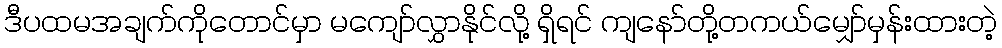
ဒီပထမအချက်ကိုတောင်မှာ မကျော်လွှာနိုင်လို့ ရှိရင် ကျနော်တို့တကယ်မျှော်မှန်းထားတဲ့